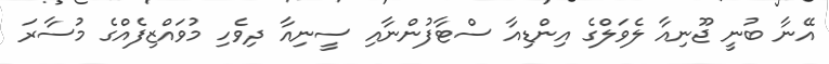
އޭނާ ބުނީ ޖޫނިއާ ލެވަލްގެ އިންޑިއާ ސްޓާފުންނާއި ސީނިއާ ދިވެހި މުވައްޒިފެއްގެ މުސާރަ